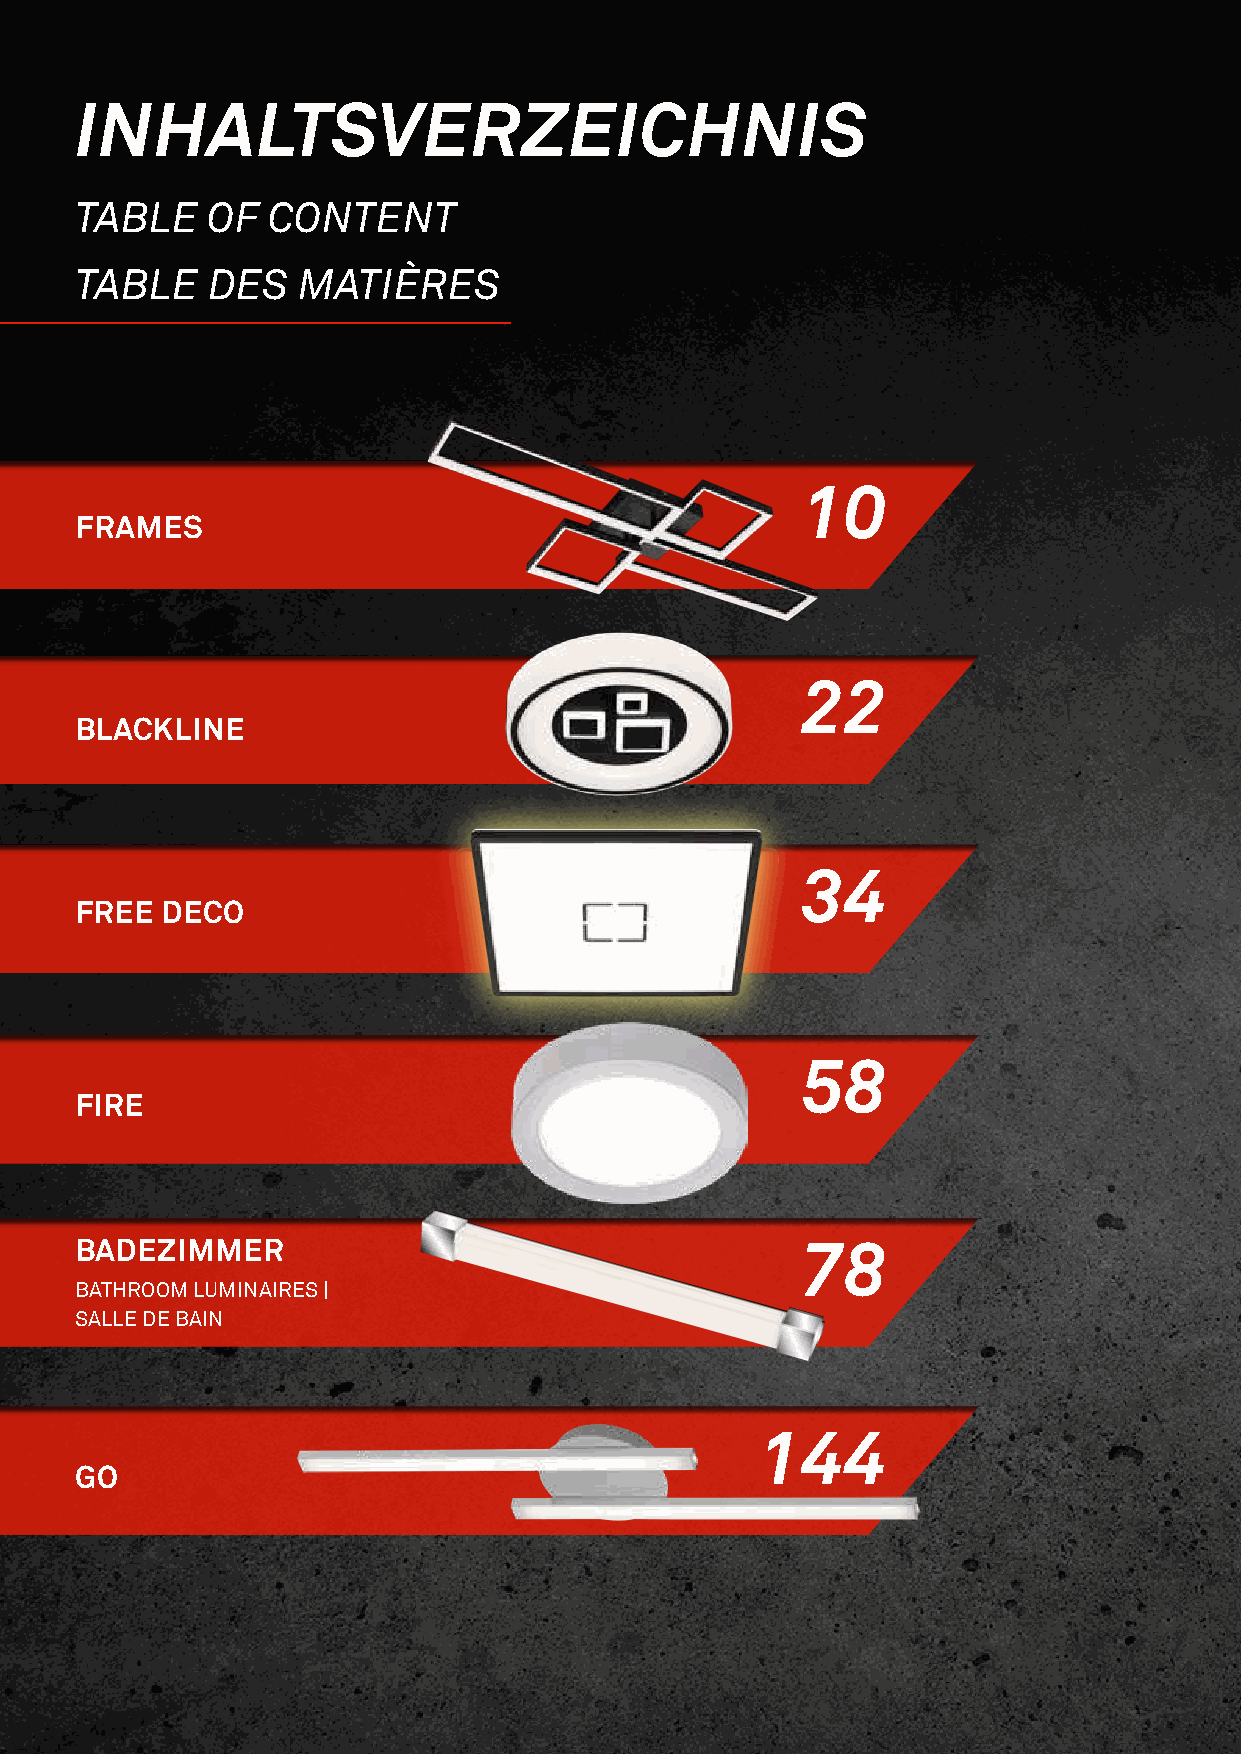
INHALTSVERZEICHNIS
 TABLE    OF  CONTENT
 TABLE    DES   MATIÈRES
 10
 FRAMES
 22
 BLACKLINE
 34
 FREE  DECO
 58
 FIRE
 BADEZIMMER                                      78
 BATHROOM LUMINAIRES |
 SALLE DE BAIN
 144
 GO